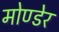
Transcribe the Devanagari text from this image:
मोण्डेर